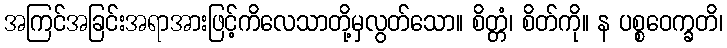
အကြင်အခြင်းအရာအားဖြင့်ကိလေသာတို့မှလွတ်သော။ စိတ္တံ၊ စိတ်ကို။ န ပစ္စဝေက္ခတိ၊